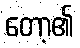
တော့၏